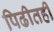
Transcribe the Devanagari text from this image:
पिढीतही